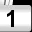
Digit: 1